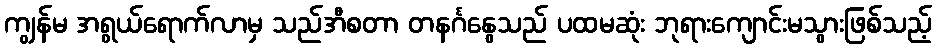
ကျွန်မ အရွယ်ရောက်လာမှ သည်အီစတာ တနင်္ဂနွေသည် ပထမဆုံး ဘုရားကျောင်းမသွားဖြစ်သည့်